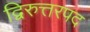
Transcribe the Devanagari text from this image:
द्विरुत्तरपद